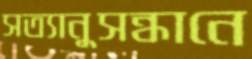
সত্যানুসন্ধানে